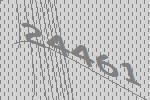
24461